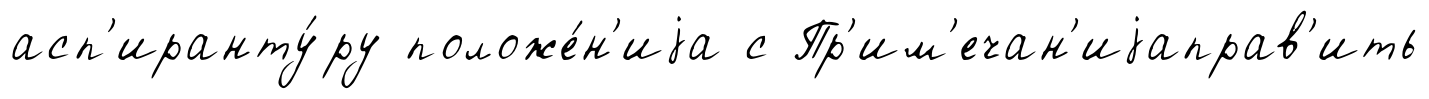
асп'иранту́ру положе́н'иjа с Пр'им'ечан'иjаправ'ить